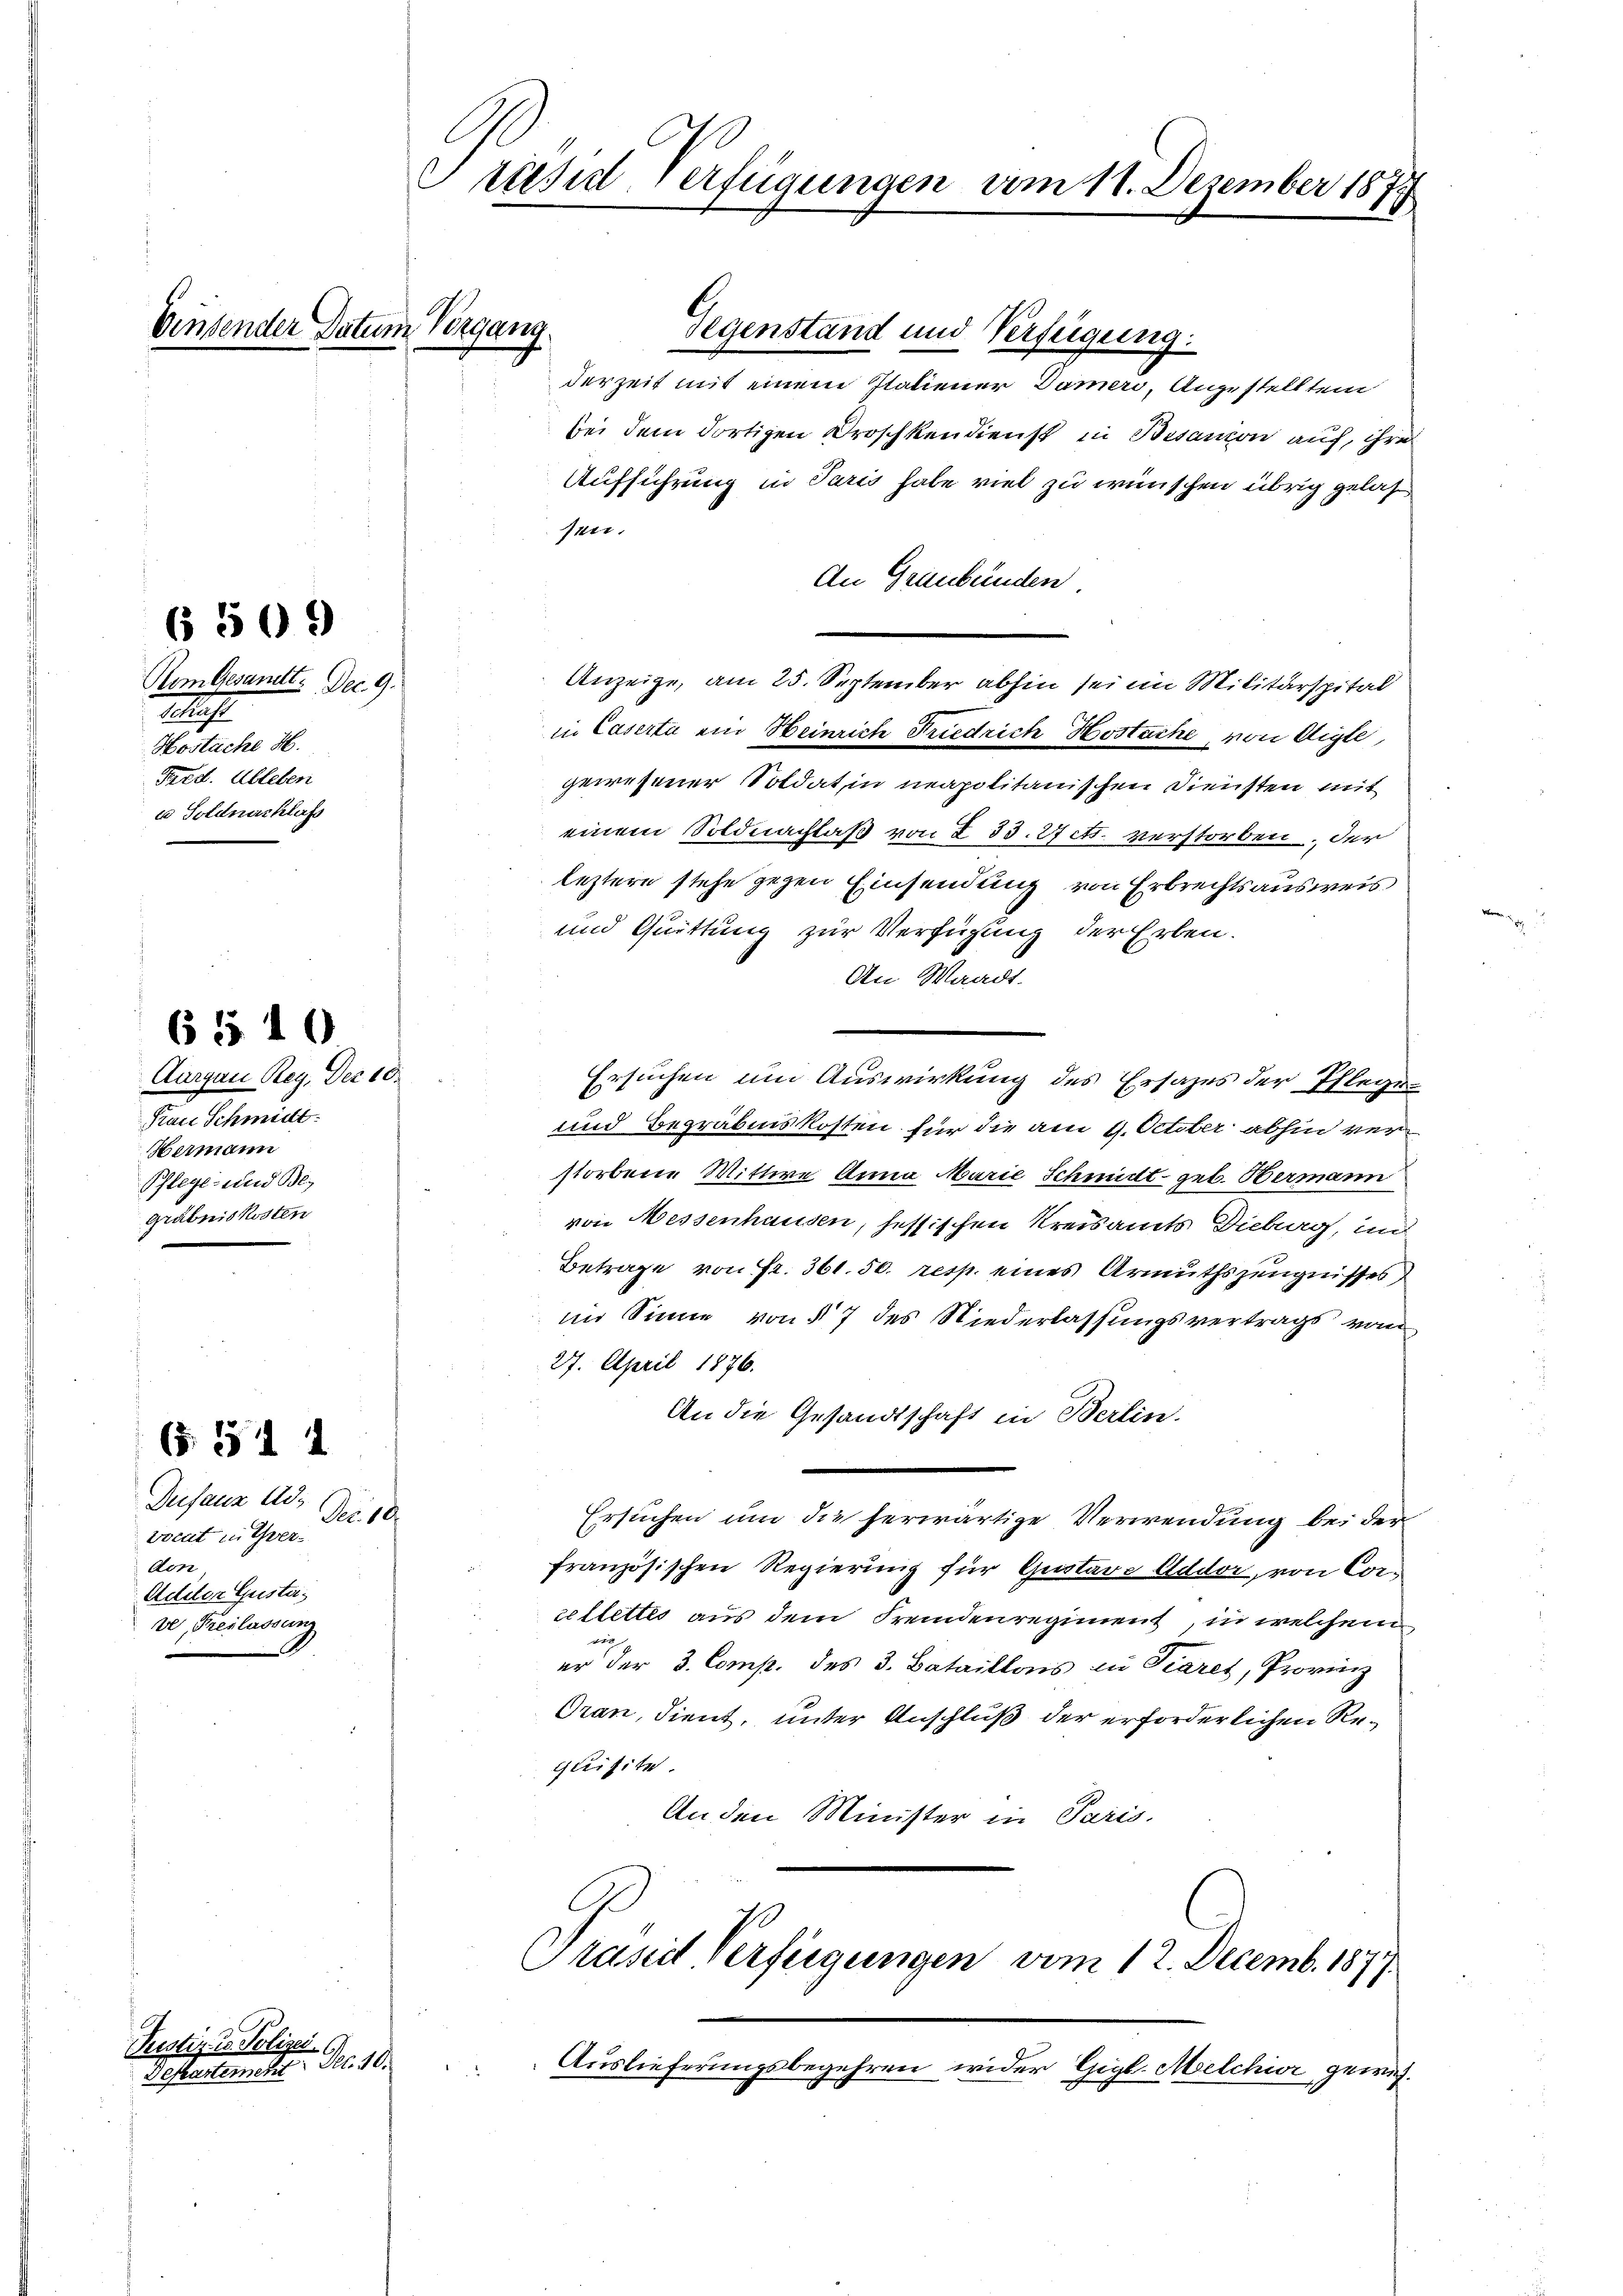
6509)

Nom Gesandt. Dec. 9.
2
Hostache H
Sard. Ableben
u Soldnachlass

6 § 10

Aurgau Reg. Der 10.
Frau Schmidt.
Hermann
Pflege- und Be-
gräbnis Kosten

Deifauz Adi
Nr. 18
vocat in Terdon
Adilen Gusta
ve, Freilassung

§ 51 1

Departement St. 10.

Pustiz in Polizei 6

Einsender Datum Vorgang

täsi verfügungen vom 11. Dezember 1873

Gegenstand und Verfügung.
derzeit mit einem Italiener Damer, Angestellten
bei dem dortigen Droschkendienst in Besandon auf, ihre
Aufführung in Paris habe viel zu wünschen übrig gelas
sen.
An Grünbunden.
Anzeige, am 25. September abhin sei im Militärspital
in Caserta ein Heinrich Friedrich Hottuche von Aigle,
gewesener Soldat in neapolitanischen Diensten mit
einem Soldnachlaß von § 33. 27 es. verstorben, der
leztere stehe gegen Einsendung von Erbrechtsausweis
und Quittung zur Verfügung der Erben.
An Waadt.
Ersuchen um Auswirkung des Ersazes der Pflege
und Begräbniskosten für die am 9. October abhin verstorbene Mittwe Anna Marie Schmidt geb. Hermann
von Messenhausen, sessischen Kreisamts Dieberg, im
Betrage von Fr. 361. 50. resp. eines Armuthszeugnisses
im Sinne von § 7 des Niederlassungsvertrags vom
27. April 1876.
An die Gesandtschaft in Berlin.
Ersuchen um die herwärtige Verwendung bei der
französischen Regierung für Gustav Addor, von Correllettes aus dem Fremdenregiment, in welchem
un
er der 3. Comp. des 3. Bataillons in Tieret, Provinz
Oran, dient, unter Anschluß der erforderlichen Requisite.
An den Minister in Paris.
Präsid Verfügungen vom 12. Decemb. 1877.
Auslieferungsbegehren wider Gigl. Melchior gewis¬